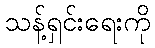
သန့်ရှင်းရေးကို